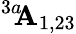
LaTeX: ^{3a\! \! }{\cal\mathbf{A}}_{1,23}